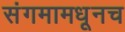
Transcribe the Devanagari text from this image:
संगमामधूनच